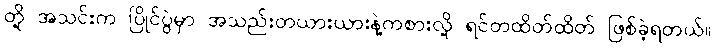
တို့ အသင်းက ပြိုင်ပွဲမှာ အသည်းတယားယားနဲ့ကစားလို့ ရင်တထိတ်ထိတ် ဖြစ်ခဲ့ရတယ်။